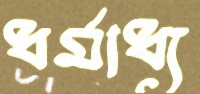
ধর্মাধ্য